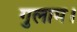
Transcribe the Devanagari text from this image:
गुलाम।